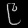
Digit: ၉